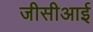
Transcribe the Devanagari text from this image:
जीसीआई